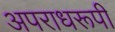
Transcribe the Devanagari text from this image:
अपराधरूपी